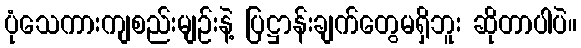
ပုံသေကားကျစည်းမျဉ်းနဲ့ ပြဋ္ဌာန်းချက်တွေမရှိဘူး ဆိုတာပါပဲ။